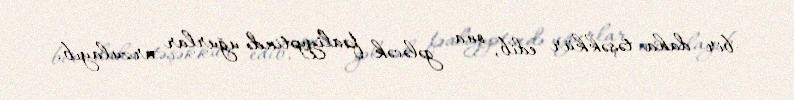
bir daha təşəkkür edib, ona gələcək fəaliyyətində uğurlar arzulayıb.